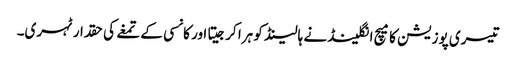
تیسری پوزیشن کا میچ انگلینڈ نے ہالینڈ کو ہرا کرجیتا اور کانسی کے تمغے کی حقدار ٹہری۔